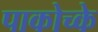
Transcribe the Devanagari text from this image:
पाकोच्के